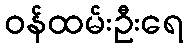
ဝန်ထမ်းဦးရေ